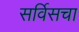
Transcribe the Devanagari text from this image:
सर्विसचा